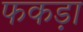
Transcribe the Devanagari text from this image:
फकड़ा